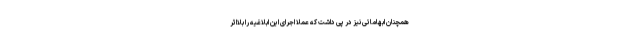
همچنان ابهاماتی نیز در پی داشت که عملاً اجرای این ابلاغیه را بلااثر